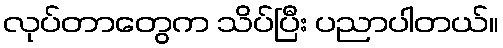
လုပ်တာတွေက သိပ်ပြီး ပညာပါတယ်။